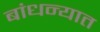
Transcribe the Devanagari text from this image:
बांधन्यात